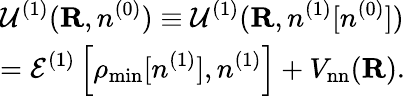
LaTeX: \begin{array}{l}{{\displaystyle{\cal U}^{(1)}({\mathbf R},n^{(0)})\equiv{\cal U}^{(1)}({\mathbf R},n^{(1)}[n^{(0)}])}\ ~}\\ {{\displaystyle={\cal E}^{(1)}\left[\rho_{\mathrm{min}}[n^{(1)}],n^{(1)}\right]+V_{\mathrm{nn}}({\mathbf R})}.}\end{array}